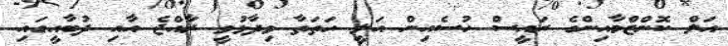
އަލް ކޮންޒްމާއިންގެ ރައީސް ހުސެއިން އަލީ ހަތަތާ ވިދާޅުވީ ރާއްޖެ އާއި ދުބާއީގައި